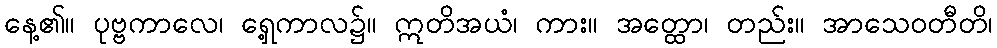
နေ့၏။ ပုဗ္ဗကာလေ၊ ရှေ့ကာလ၌။ ဣတိအယံ၊ ကား။ အတ္ထော၊ တည်း။ အာသေဝတီတိ၊